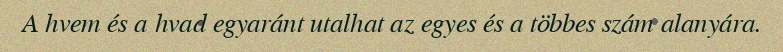
A hvem és a hvad egyaránt utalhat az egyes és a többes szám alanyára.